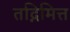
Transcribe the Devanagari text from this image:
तद्निमित्त